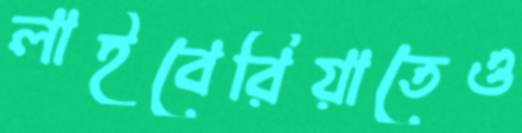
লাইবেরিয়াতেও